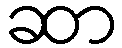
ဆာ